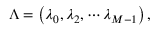
\begin{array} { r } { \Lambda = \left( \lambda _ { 0 } , \lambda _ { 2 } , \cdots \lambda _ { M - 1 } \right) , } \end{array}